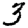
Digit: 3